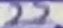
Text: 22